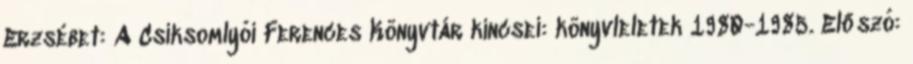
Erzsébet: A Csíksomlyói Ferences Könyvtár kincsei: könyvleletek 1980-1985. Előszó: